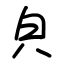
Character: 㒵